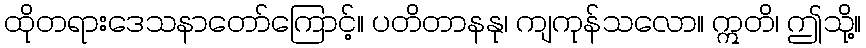
ထိုတရားဒေသနာတော်ကြောင့်။ ပတိတာနနု၊ ကျကုန်သလော။ ဣတိ၊ ဤသို့။